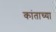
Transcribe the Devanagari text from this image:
कांताच्या